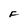
Character: F